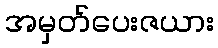
အမှတ်ပေးဇယား